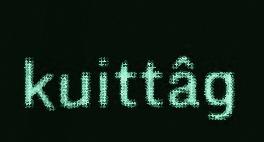
kuittâg